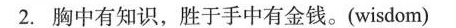
2.胸中有知识，胜于手中有金钱。(wisdom)